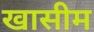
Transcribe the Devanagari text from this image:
खासीम